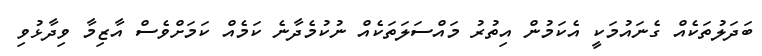
ބަދަލުތަކެއް ގެނައުމަކީ އެކަމުން އިތުރު މައްސަލަތަކެއް ނުކުމެދާނެ ކަމެއް ކަމަށްވެސް އާޒިމާ ވިދާޅުވި